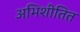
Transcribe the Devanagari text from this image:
अभिशीतित